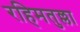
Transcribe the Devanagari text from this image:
रहिमतुल्ला